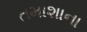
તમાશાના